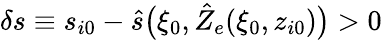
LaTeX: \delta s\equiv s_{i0}-\hat{s}\big(\xi_{0},\hat{Z}_{e}(\xi_{0},z_{i0})\big)>0